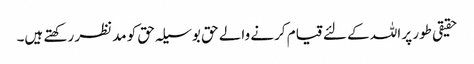
حقیقی طور پر اللہ کے لئے قیام کرنے والے حق بوسیلہ حق کو مدنظر رکھتے ہیں۔